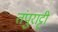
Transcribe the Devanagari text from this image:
तंपुराट्टी